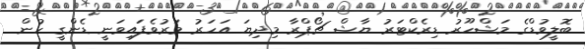
ބޮލީވުޑްގެ މަޝްހޫރު ޑިރެކްޓަރު ޔާޝް ޗޯޕްރާ މިދިޔަ އަހަރު މަރުވެފައިވަނީ ޑެންގީ ހުން